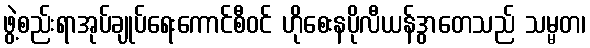
ဖွဲ့စည်းရာအုပ်ချုပ်ရေးကောင်စီဝင် ဟိုစေးနပိုလီယန်ဒွာတေသည် သမ္မတ၊